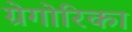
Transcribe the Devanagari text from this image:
ग्रेगोरिका